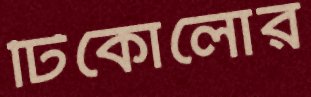
টিকোলোর